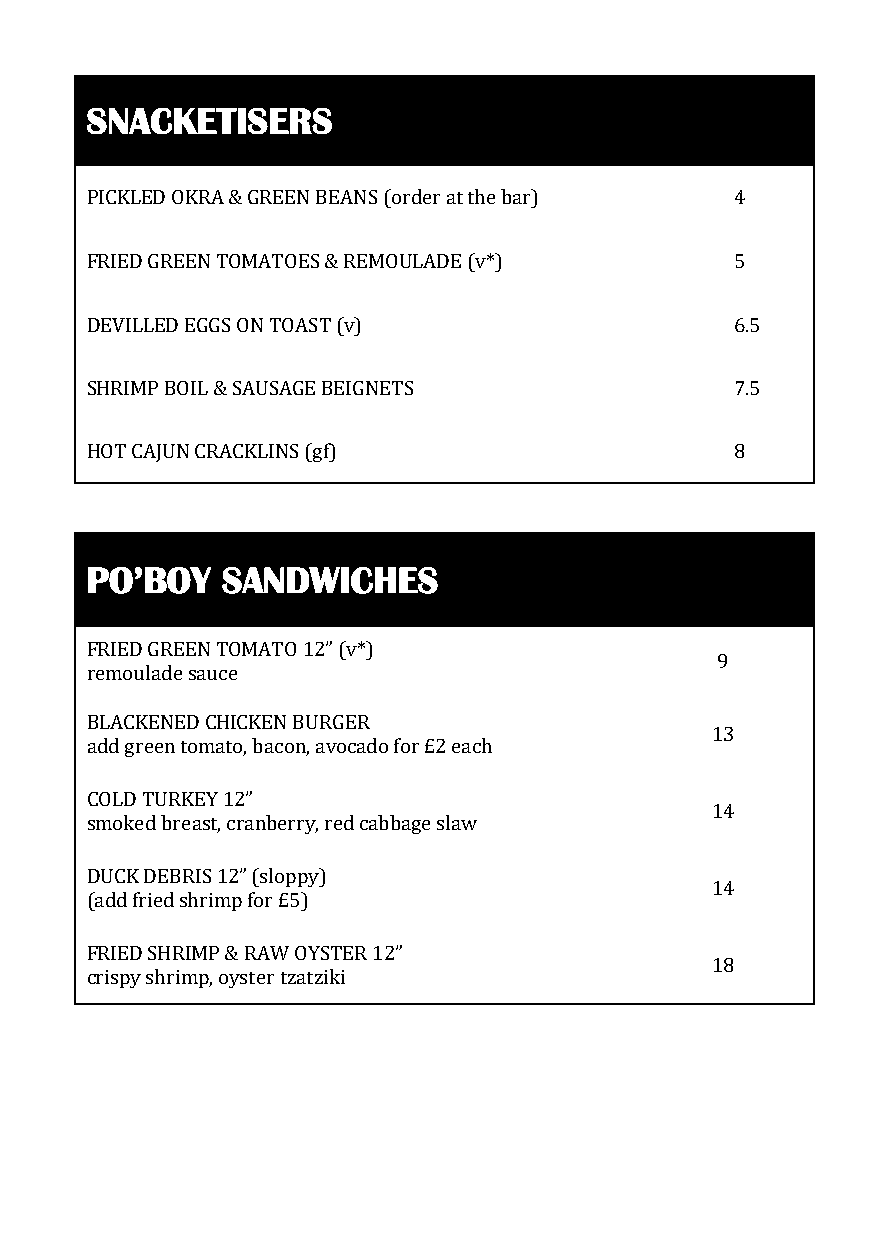
SNACKETISERS
 PICKLED OKRA & GREEN BEANS (order at the bar) 4
 FRIED GREEN TOMATOES & REMOULADE (v*)      5
 DEVILLED EGGS ON TOAST (v)                 6.5
 SHRIMP BOIL & SAUSAGE BEIGNETS             7.5
 HOT CAJUN CRACKLINS (gf)                   8
 PO’BOY   SANDWICHES
 FRIED GREEN TOMATO 12” (v*)
 9
 remoulade sauce
 BLACKENED CHICKEN BURGER
 13
 add green tomato, bacon, avocado for £2 each
 COLD TURKEY 12”
 14
 smoked breast, cranberry, red cabbage slaw
 DUCK DEBRIS 12” (sloppy)
 14
 (add fried shrimp for £5)
 FRIED SHRIMP & RAW OYSTER 12”
 18
 crispy shrimp, oyster tzatziki